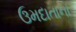
ઉમદાતાના